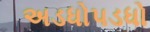
અડધોપડધો